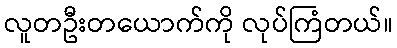
လူတဦးတယောက်ကို လုပ်ကြံတယ်။